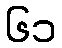
၆၁